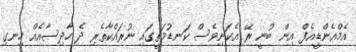
އެމްއެންޑީއެފް އިން ބުނީ ރޭ އެކަނިވެސް ކަނޑުމަތީގައި ނުރައްކާތެރި ދެ ހާދިސާއެއް ހިނގި